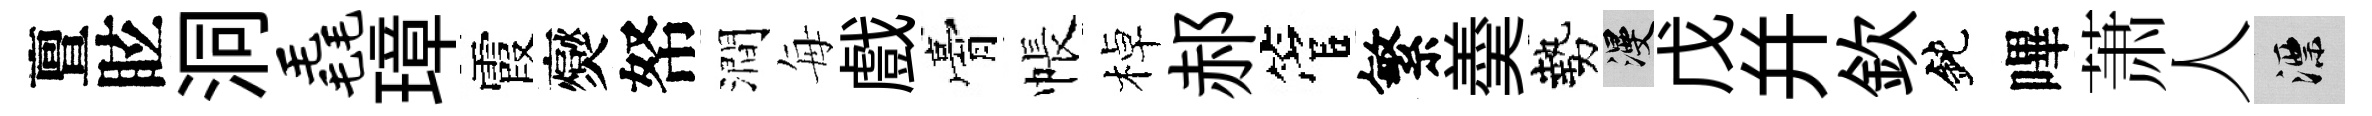
亶眩洞毳璋霞爕帑澗每戲膏帳棹郝管繁羮勢漫戊幷欽鈍嗶萧人漂